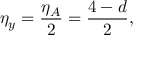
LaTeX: \eta _ { y } = \frac { \eta _ { A } } { 2 } = \frac { 4 - d } { 2 } ,